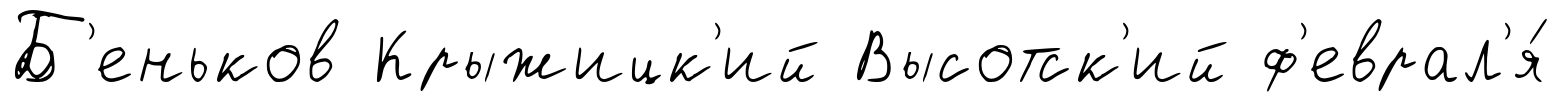
Б'еньков Крыжицк'ий Высотск'ий ф'еврал'я́